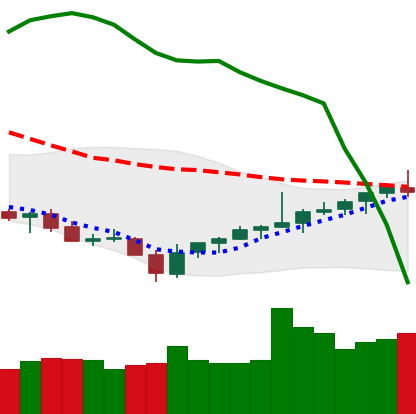
Ticker: TRX-USD
Chart end date: 2021-08-01
Forward return: 13.527%
Label: up_7plus